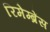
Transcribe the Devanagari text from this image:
रिमेम्ब्रेंस